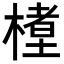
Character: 𬄊